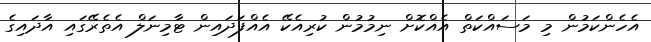
އެހެންކަމުން މި މަސައްކަތް އެއްކޮށް ނިމުމުން ކުރިއެކޭ އެއްފަދައިން ޓާމިނަލް އެތެރޭގައި އާދައިގެ